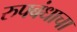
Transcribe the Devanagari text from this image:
रुपबंधाचा